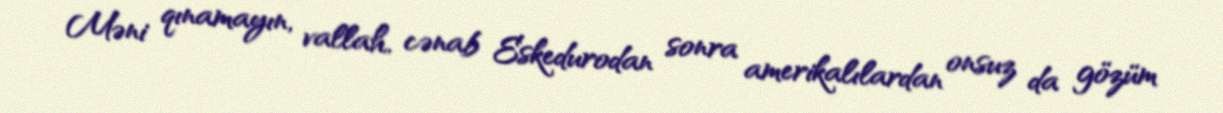
Məni qınamayın, vallah, cənab Eskedurodan sonra amerikalılardan onsuz da gözüm